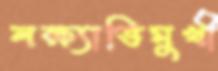
লক্ষ্যাভিমুখী